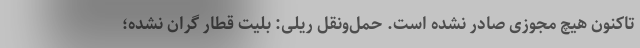
تاکنون هیچ مجوزی صادر نشده است. حمل‌ونقل ریلی: بلیت قطار گران نشده؛